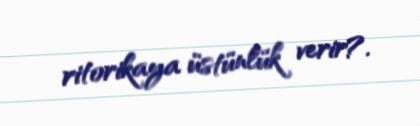
ritorikaya üstünlük verir?.